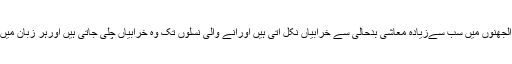
میرے خیال سے دنیا میں معاشرتی الجھنوں میں سب سےزیادہ معاشی بدحالی سے خرابیاں نکل آتی ہیں اورآنے والی نسلوں تک وہ خرابیاں چلی جاتی ہیں اورہر زبان میں ادب اس بات کاثبوت دے سکتا ہے۔